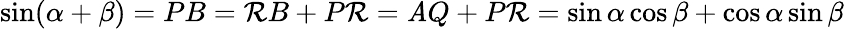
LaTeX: \sin(\alpha+\beta)=PB=\mathcal{R}B+P\mathcal{R}=\mathit{A}Q+P\mathcal{R}=\sin\alpha\cos\beta+\cos\alpha\sin\beta